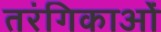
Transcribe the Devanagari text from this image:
तरंगिकाओं